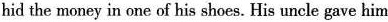
hid the money in one of his shoes. His uncle gave him